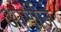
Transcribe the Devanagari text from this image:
आर्मीज